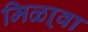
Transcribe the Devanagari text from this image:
मिळा्वा